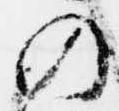
の